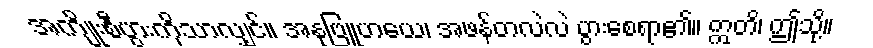
အကျိုးစီပွားကိုသာလျှင်။ အနုဗြူဟယေ၊ အဖန်တလဲလဲ ပွားစေရာ၏။ ဣတိ၊ ဤသို့။